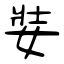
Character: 娤